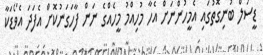
ޑީސަލް ބުނިގޮތުގައި އެމީހުންނަށް އެހާ މުހިއްމު މީހެއްގެ ނަން ފާހަގަނުކޮށް އެފަދަ އެވޯޑަކާ